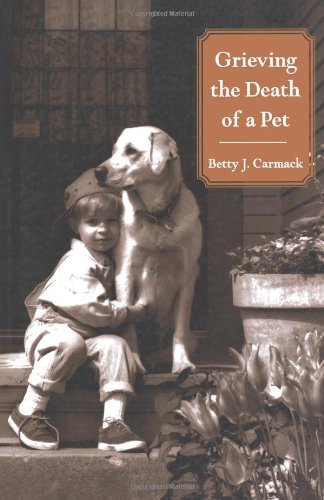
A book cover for Grieving the Death of a Pet; Betty J. Carmack; Crafts, Hobbies & Home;